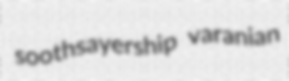
soothsayership varanian